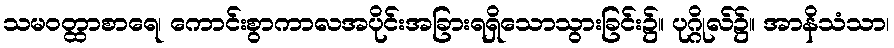
သမဝတ္ထာစာရေ၊ ကောင်းစွာကာလအပိုင်းအခြားရရှိသောသွားခြင်း၌။ ပုဂ္ဂိုလ်၌။ အာနိသံသာ၊